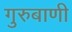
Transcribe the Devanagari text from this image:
गुरुबाणी